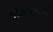
જોડાવવાનો